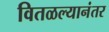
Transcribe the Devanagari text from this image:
वितळल्यानंतर